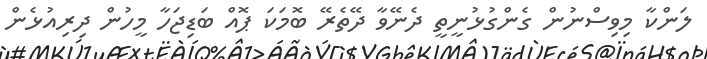
ލަންކާ މިވިސްނުން ގެންގުޅުނީތީ ދެނޭވާ ދޭތެރޭ ބޮމަކަ ޕޮއް ބަޑިޖަހާ މީހުން ދިރިއުޅެން